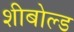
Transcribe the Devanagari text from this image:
शीबोल्ड